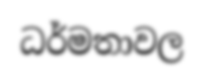
ධර්මතාවල